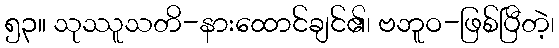
၅၃။ သုဿူသတိ-နားထောင်ချင်၏၊ ဗဘူဝ-ဖြစ်ပြီတဲ့၊